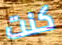
كنت